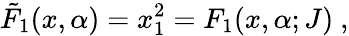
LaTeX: {\tilde{F}}_{1}(x,\alpha)=x_{1}^{2}=F_{1}(x,\alpha;J)~,